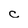
Character: c